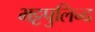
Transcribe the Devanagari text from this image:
भट्टपुलिन्द